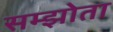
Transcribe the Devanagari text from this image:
सम्झोता